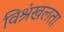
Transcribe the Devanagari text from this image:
विश्रंखलता